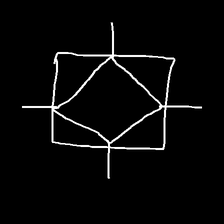
Glyph: light